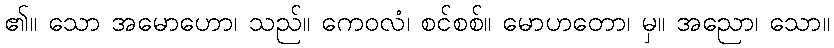
၏။ သော အမောဟော၊ သည်။ ကေဝလံ၊ စင်စစ်။ မောဟတော၊ မှ။ အညော၊ သော။